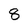
Character: 8